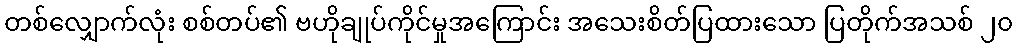
တစ်လျှောက်လုံး စစ်တပ်၏ ဗဟိုချုပ်ကိုင်မှုအကြောင်း အသေးစိတ်ပြထားသော ပြတိုက်အသစ် ၂၀